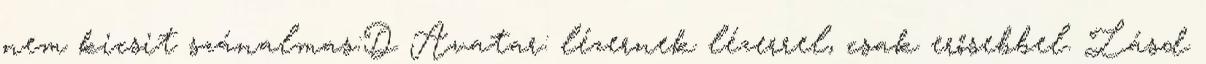
nem kicsit szánalmas:D Avatar: lézernek lézerrel, csak erősebbel. Lásd